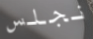
نجلس